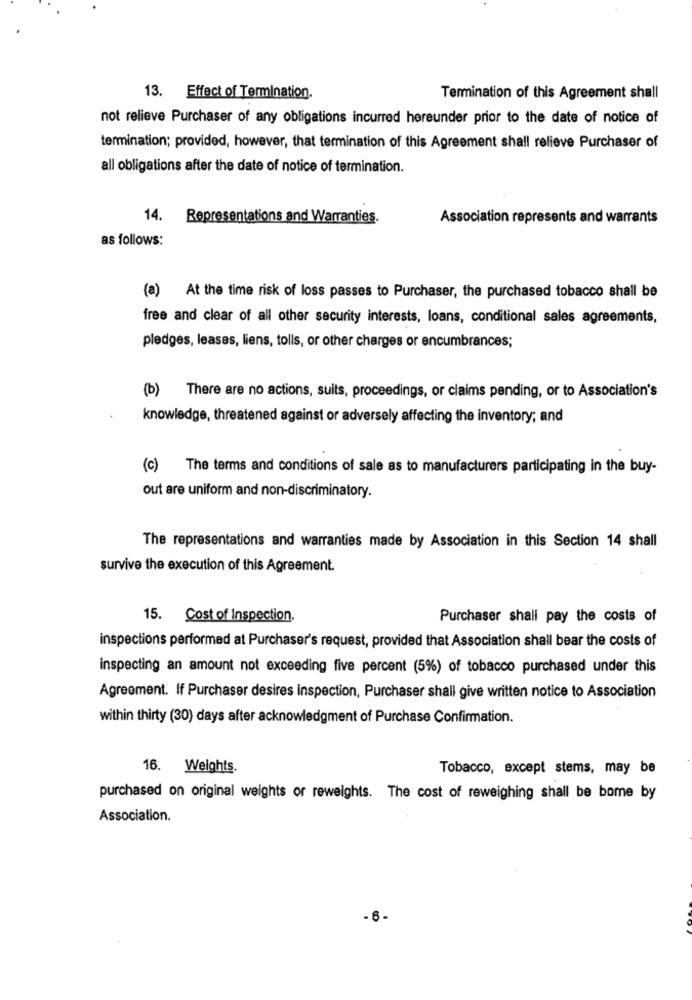
13. Effect of Termination.
Termination of this Agreement shall
not relieve Purchaser of any obligations incurred hereunder prior to the date of notice of
termination; provided, however, that termination of this Agreement shall relieve Purchaser of
all obligations after the date of notice of termination.
14.
Representations and Warranties.
Association represents and warrants
as follows:
(a) At the time risk of loss passes to Purchaser, the purchased tobacco shall be
free and clear of all other security interests, loans, conditional sales agreements,
pledges, leases, liens, tolls, or other charges or encumbrances;
(b) There are no actions, suits, proceedings, or claims pending, or to Association's
knowledge, threatened against or adversely affecting the inventory; and
(c)
The terms and conditions of sale as to manufacturers participating in the buy-
out are uniform and non-discriminatory.
The representations and warranties made by Association in this Section 14 shall
survive the execution of this Agreement.
15.
Cost of Inspection.
Purchaser shall pay the costs of
inspections performed at Purchaser's request, provided that Association shall bear the costs of
inspecting an amount not exceeding five percent (5%) of tobacco purchased under this
Agreement. If Purchaser desires inspection, Purchaser shall give written notice to Association
within thirty (30) days after acknowledgment of Purchase Confirmation.
16. Weights.
Tobacco, except stems, may be
purchased on original weights or reweights. The cost of reweighing shall be borne by
Association.
-6-